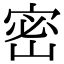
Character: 密